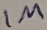
Text: 1M